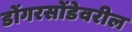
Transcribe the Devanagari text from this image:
डोंगरसोंडेवरील